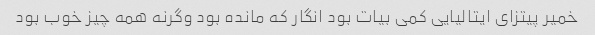
خمیر پیتزای ایتالیایی کمی بیات بود انگار که مانده بود وگرنه همه چیز خوب بود